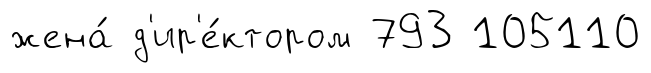
жена́ д'ир'е́ктором 793 105110